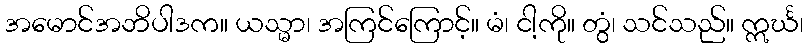
အမောင်အဘိပါဒက။ ယသ္မာ၊ အကြင်ကြောင့်။ မံ၊ ငါ့ကို။ တွံ၊ သင်သည်။ ဣင်္ဃ၊